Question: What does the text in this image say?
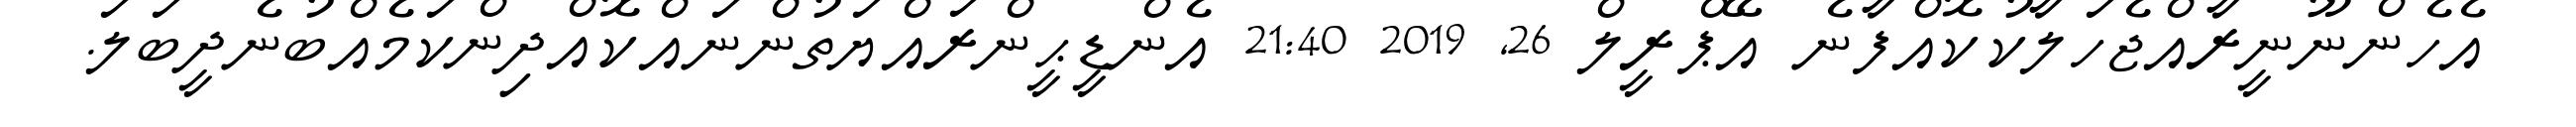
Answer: އެހެންނޫނީރާއްޖެހަލާކުކޮއްފާނެ އޭޕްރީލް 26, 2019 21:40 އެންޑީޙީންރައްޔަތުންނައްކޮއްދިންކަމެއްބުނެދީބަލަ.